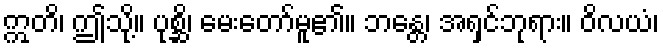
ဣတိ၊ ဤသို့။ ပုစ္ဆိ၊ မေးတော်မူ၏။ ဘန္တေ၊ အရှင်ဘုရား။ ဝိလယံ၊